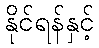
နိုင်ရန်နှင့်